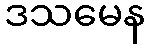
ဒသမေန